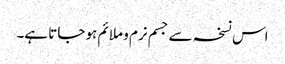
اس نسخہ سے جسم نرم و ملائم ہو جاتا ہے۔